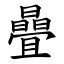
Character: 曡